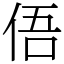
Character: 俉